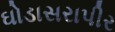
ઘોડાસરાપીર